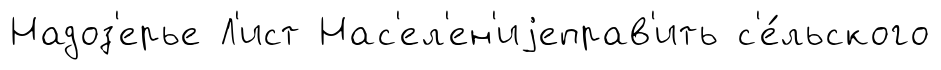
Надоз'ерье Л'ист Нас'ел'ен'иjеправ'ить с'е́льского